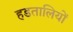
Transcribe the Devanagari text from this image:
हडतालियों